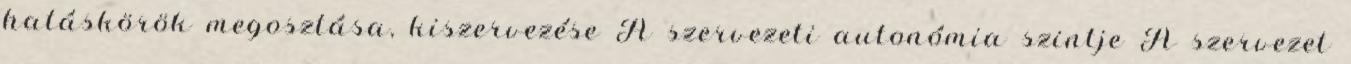
hatáskörök megosztása, kiszervezése A szervezeti autonómia szintje A szervezet